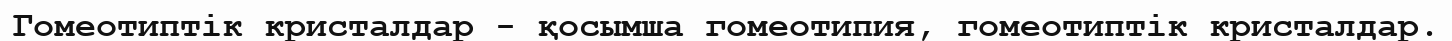
Гомеотиптік кристалдар - қосымша гомеотипия, гомеотиптік кристалдар.